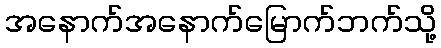
အနောက်အနောက်မြောက်ဘက်သို့